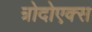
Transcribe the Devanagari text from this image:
त्रोदोएक्स